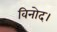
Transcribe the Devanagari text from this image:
विनोद।